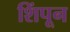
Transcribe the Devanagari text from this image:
शिंपून